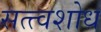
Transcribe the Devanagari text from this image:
सत्त्वशोध